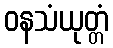
ဝနသံယုတ္တံ